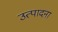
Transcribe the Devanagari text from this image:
उत्पादना